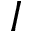
{ I }